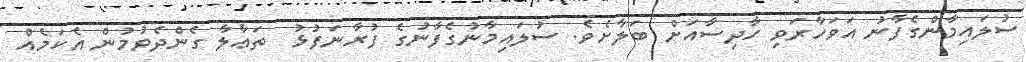
ސުލައިމާންގެފާނު އަވަހާރަވި ހާދިސާއަށް ބަލާށެވެ. ސުލައިމާނުގެފާނުގެ ފުރާނަފުޅު  ތަޢާލާ ގެންދެވުމުން އެކަމެއް